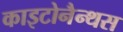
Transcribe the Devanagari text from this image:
काइटोनैन्थस